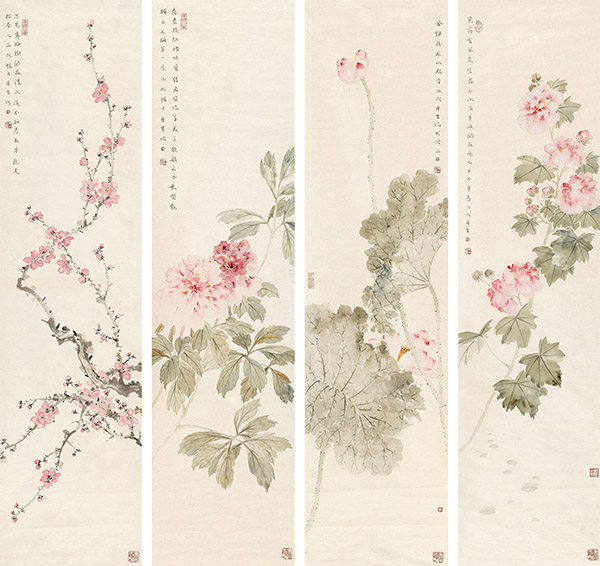
东风动百物，草木尽欲言。